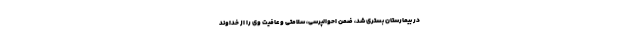
در بیمارستان بستری شد، ضمن احوالپرسی، سلامتی و عافیت وی را از خداوند